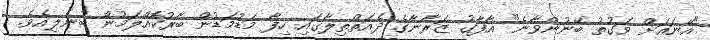
"އޭނައަށް ވަގުތު ބޭނުންވާނެ" އާފާގު ޒަރާނާގެ ދެއަތްތިލާގައި ހިފާ މަޑުމަޑުން ބާރުކޮއްލަމުން ބުނެލިއެވެ.